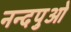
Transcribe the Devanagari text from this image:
नन्दपुओ